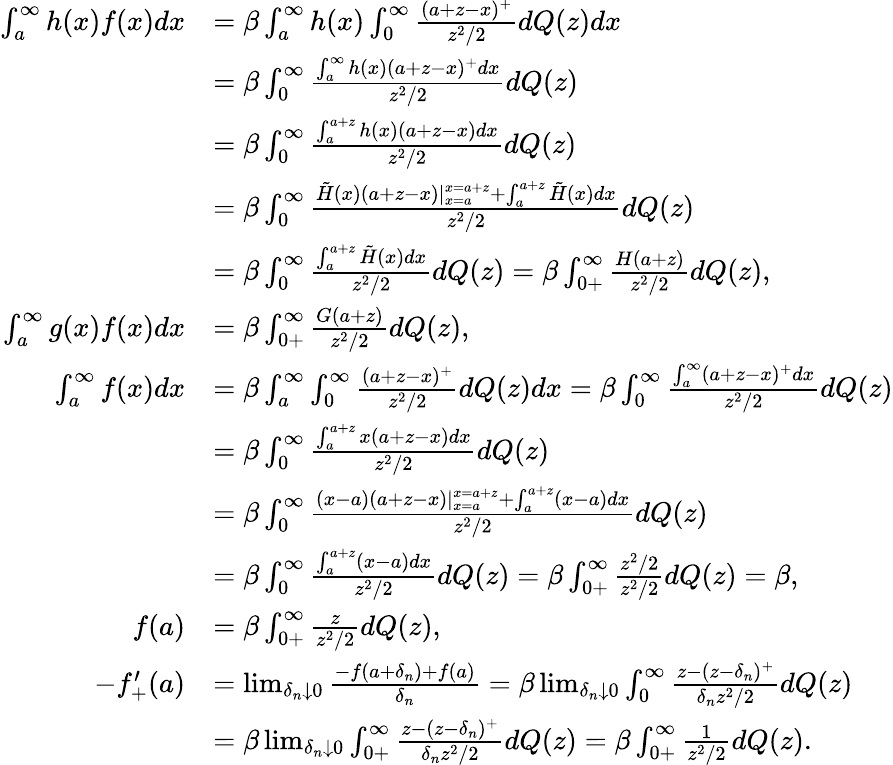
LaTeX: \begin{array}{rl}{\int_{a}^{\infty}h(x)f(x)dx}&{=\beta\int_{a}^{\infty}h(x)\int_{0}^{\infty}\frac{(a+z-x)^{+}}{z^{2}/2}dQ(z)dx}\\ &{=\beta\int_{0}^{\infty}\frac{\int_{a}^{\infty}h(x)(a+z-x)^{+}dx}{z^{2}/2}dQ(z)}\\ &{=\beta\int_{0}^{\infty}\frac{\int_{a}^{a+z}h(x)(a+z-x)dx}{z^{2}/2}dQ(z)}\\ &{=\beta\int_{0}^{\infty}\frac{\tilde{H}(x)(a+z-x)|_{x=a}^{x=a+z}+\int_{a}^{a+z}\tilde{H}(x)dx}{z^{2}/2}dQ(z)}\\ &{=\beta\int_{0}^{\infty}\frac{\int_{a}^{a+z}\tilde{H}(x)dx}{z^{2}/2}dQ(z)=\beta\int_{0+}^{\infty}\frac{H(a+z)}{z^{2}/2}dQ(z),}\\ {\int_{a}^{\infty}g(x)f(x)dx}&{=\beta\int_{0+}^{\infty}\frac{G(a+z)}{z^{2}/2}dQ(z),}\\ {\int_{a}^{\infty}f(x)dx}&{=\beta\int_{a}^{\infty}\int_{0}^{\infty}\frac{(a+z-x)^{+}}{z^{2}/2}dQ(z)dx=\beta\int_{0}^{\infty}\frac{\int_{a}^{\infty}(a+z-x)^{+}dx}{z^{2}/2}dQ(z)}\\ &{=\beta\int_{0}^{\infty}\frac{\int_{a}^{a+z}x(a+z-x)dx}{z^{2}/2}dQ(z)}\\ &{=\beta\int_{0}^{\infty}\frac{(x-a)(a+z-x)|_{x=a}^{x=a+z}+\int_{a}^{a+z}(x-a)dx}{z^{2}/2}dQ(z)}\\ &{=\beta\int_{0}^{\infty}\frac{\int_{a}^{a+z}(x-a)dx}{z^{2}/2}dQ(z)=\beta\int_{0+}^{\infty}\frac{z^{2}/2}{z^{2}/2}dQ(z)=\beta,}\\ {f(a)}&{=\beta\int_{0+}^{\infty}\frac{z}{z^{2}/2}dQ(z),}\\ {-f_{+}^{\prime}(a)}&{=\operatorname*{lim}_{\delta_{n}\downarrow 0}\frac{-f(a+\delta_{n})+f(a)}{\delta_{n}}=\beta\operatorname*{lim}_{\delta_{n}\downarrow 0}\int_{0}^{\infty}\frac{z-(z-\delta_{n})^{+}}{\delta_{n}z^{2}/2}dQ(z)}\\ &{=\beta\operatorname*{lim}_{\delta_{n}\downarrow 0}\int_{0+}^{\infty}\frac{z-(z-\delta_{n})^{+}}{\delta_{n}z^{2}/2}dQ(z)=\beta\int_{0+}^{\infty}\frac{1}{z^{2}/2}dQ(z).}\end{array}